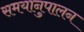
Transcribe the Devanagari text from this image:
समयानुपालन